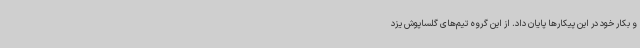
و بکار خود در این پیکارها پایان داد. از این گروه تیم‌های گلساپوش یزد